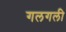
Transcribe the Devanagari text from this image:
गलगली